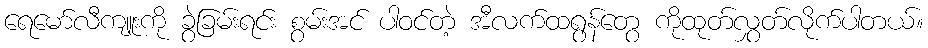
ရေမော်လီကျူးကို ခွဲခြမ်းရင်း စွမ်းအင် ပါဝင်တဲ့ အီလက်ထရွန်တွေ ကိုထုတ်လွှတ်လိုက်ပါတယ်။